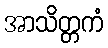
အာသိတ္တကံ